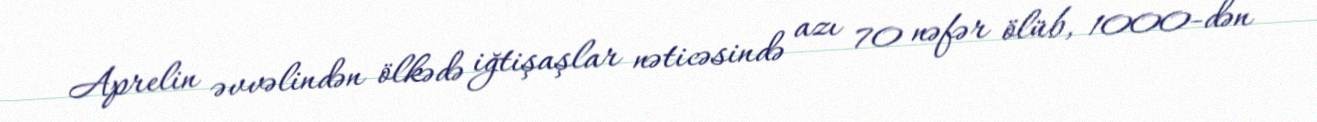
Aprelin əvvəlindən ölkədə iğtişaşlar nəticəsində azı 70 nəfər ölüb, 1000-dən